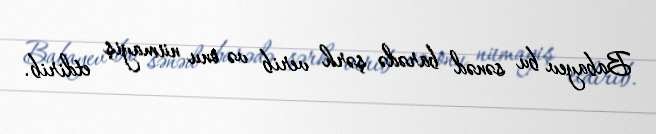
Babayev bu sənəd barədə şərh verib və onu nümayiş etdirib.